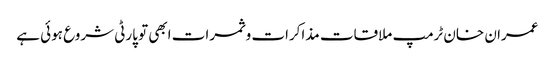
عمران خان ٹرمپ ملاقات مذاکرات و ثمرات ابھی تو پارٹی شروع ہوئی ہے